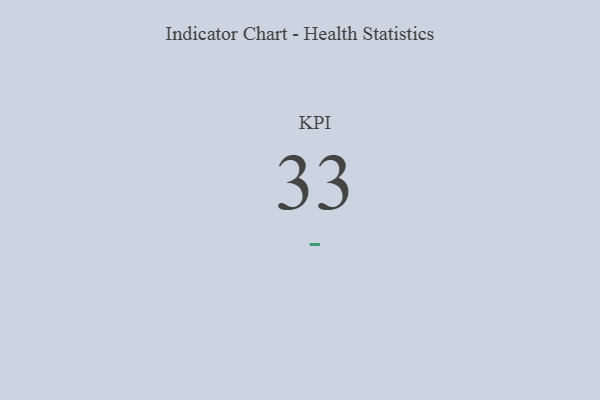
{"axis": {"x": "KPI", "y": "Value"}, "legend": [""], "data": [{"x": "KPI", "y": 33, "type": ""}]}